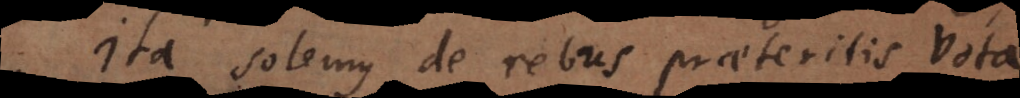
Ita solemus de rebus praeteritis vota